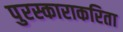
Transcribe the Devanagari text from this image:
पुरस्काराकरिता